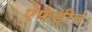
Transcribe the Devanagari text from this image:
ऐफेड्रीन